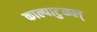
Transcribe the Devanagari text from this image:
काल्पाटुकल्